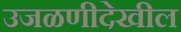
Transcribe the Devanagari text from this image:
उजळणीदेखील